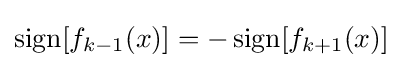
\operatorname {sign} [f_{k-1}(x)]=-\operatorname {sign} [f_{k+1}(x)]